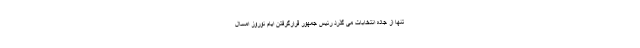
تنها از جاده انتخابات می گذرد رئیس جمهور قرارگرفتن ایام نوروز امسال